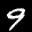
Label: 9